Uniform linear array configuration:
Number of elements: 8
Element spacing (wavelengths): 0.5
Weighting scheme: binomial
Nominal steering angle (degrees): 45
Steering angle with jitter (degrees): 44.256
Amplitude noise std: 0.05
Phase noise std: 0.05

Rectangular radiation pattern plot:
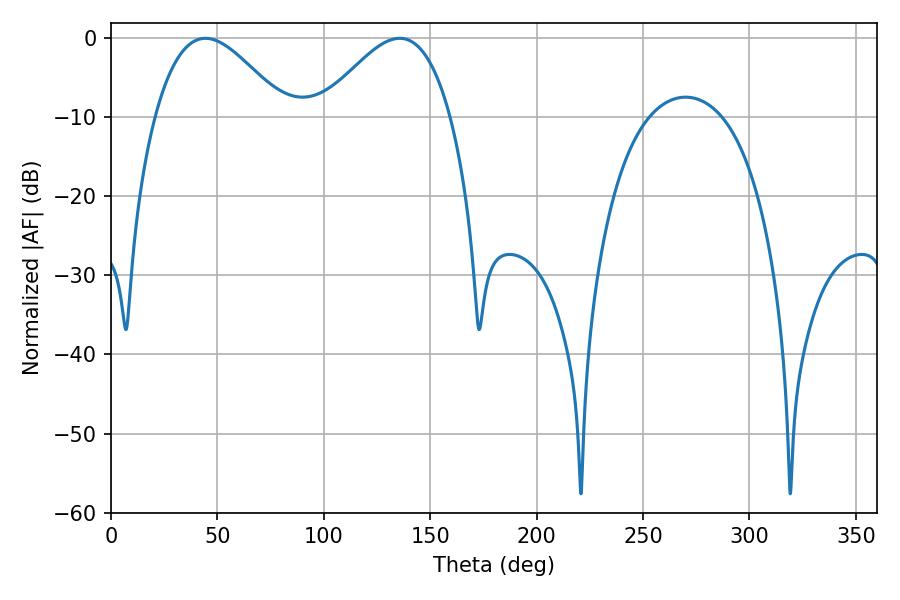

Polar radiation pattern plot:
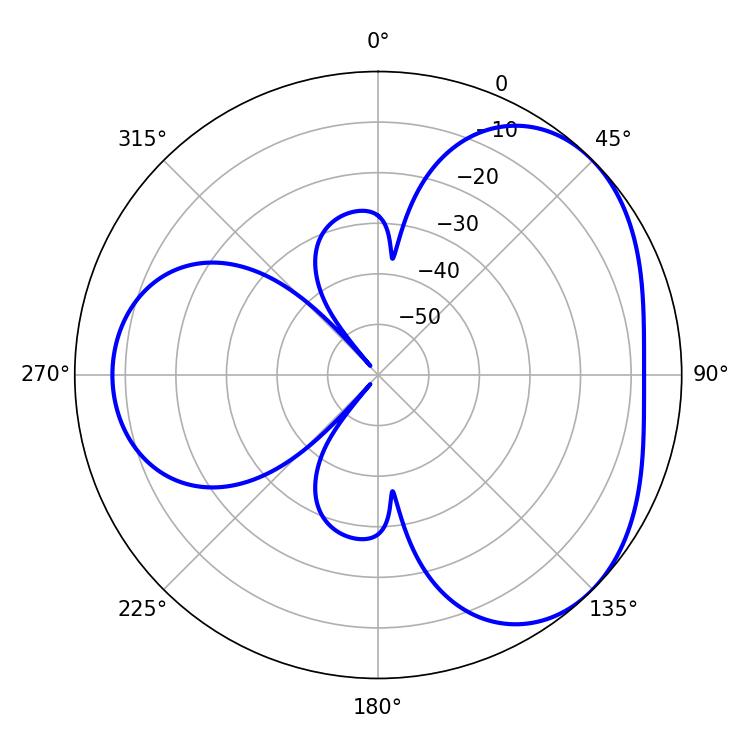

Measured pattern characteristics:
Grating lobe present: FALSE
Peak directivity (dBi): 3.782
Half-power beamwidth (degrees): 32.76
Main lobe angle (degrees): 44.28